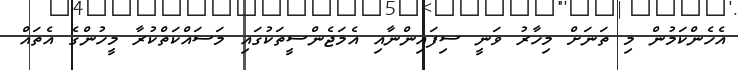
އެހެންކަމުން މި ތަނަށް މިހާރު ވަނީ ސިފައިންނާއި އެމަޖެންސީތަކުގައި މަސައްކަތްކުރާ މީހުންގެ އެތައް